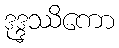
ဒုဒ္ဒဿိကော